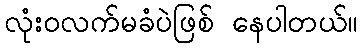
လုံးဝလက်မခံပဲဖြစ် နေပါတယ်။